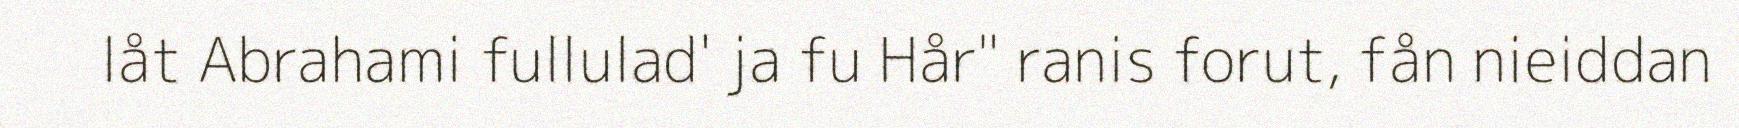
låt Abrahami fullulad' ja fu Hår" ranis forut, fån nieiddan